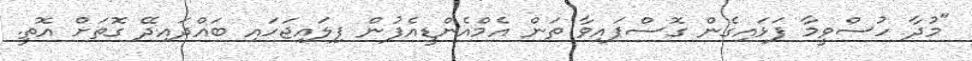
"މުދާ ހުސްވީމާ ފަޅައިގެން ގޮސްފައިވާ ތަން އެމްއެންޑީއެފުން ފިލައިޖަހައި ބައްދައިދޭ ގޮތަށް އޮތީ.